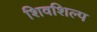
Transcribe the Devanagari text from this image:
शिवशिल्प